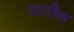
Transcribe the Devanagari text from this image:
यातीस